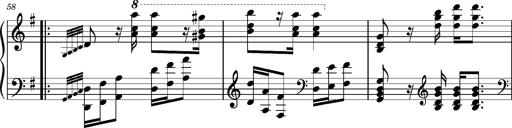
Title: Ungarischer Romanzero
Composer: Franz Liszt